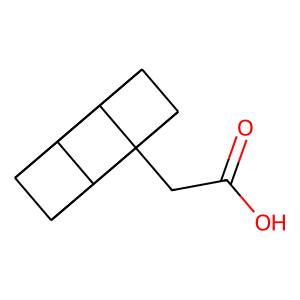
SMILES: O=C(O)CC12C3C4C5C3C1C5C42
Inhibits HIV replication: No